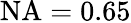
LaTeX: \mathrm{NA}=0.65